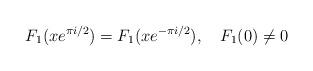
LaTeX: \begin{align*}F_1(xe^{\pi i/2})=F_1(xe^{-\pi i/2}), \quad F_1(0)\ne 0 \end{align*}